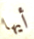
أيها